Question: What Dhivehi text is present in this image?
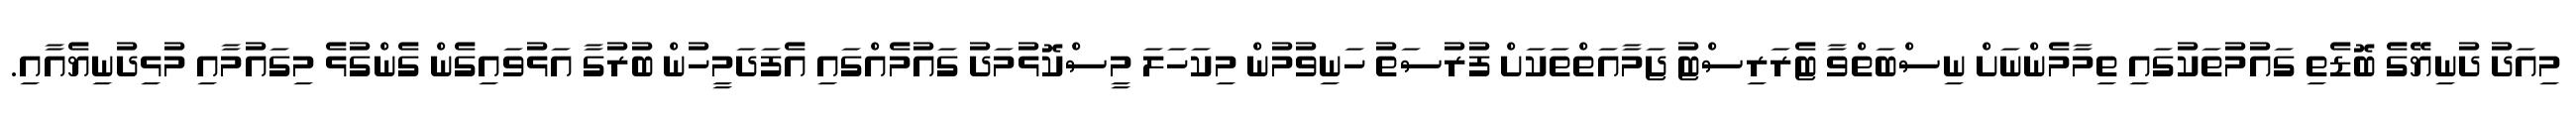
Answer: މިއަދު ދުނިޔޭގެ ބޮޑެތި ގައުމުތަކުގައި ތިމާމެންނަށް ނިސްބަތްވާ ޓެރަރިސްޓު ޖަމާއަތްތަކަށް ފުރުސަތު ހަނިވުމުން މިކަހަލަ މީސްކޮޅުމަދު ގައުމެއްގައި އެފަދަމީހުން ބުރުގާ އަޅުވައިގެން ގެންގުޅެ މިގައުމާއި މުޅިދުނިޔެއާއި.